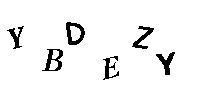
YBDEZY